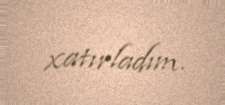
xatırladım.